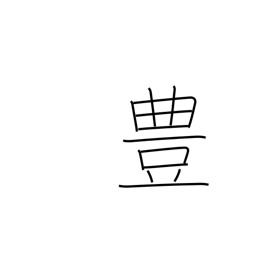
Meaning: rich